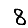
Digit: 8